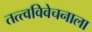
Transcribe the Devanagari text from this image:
तत्त्वविवेचनाला